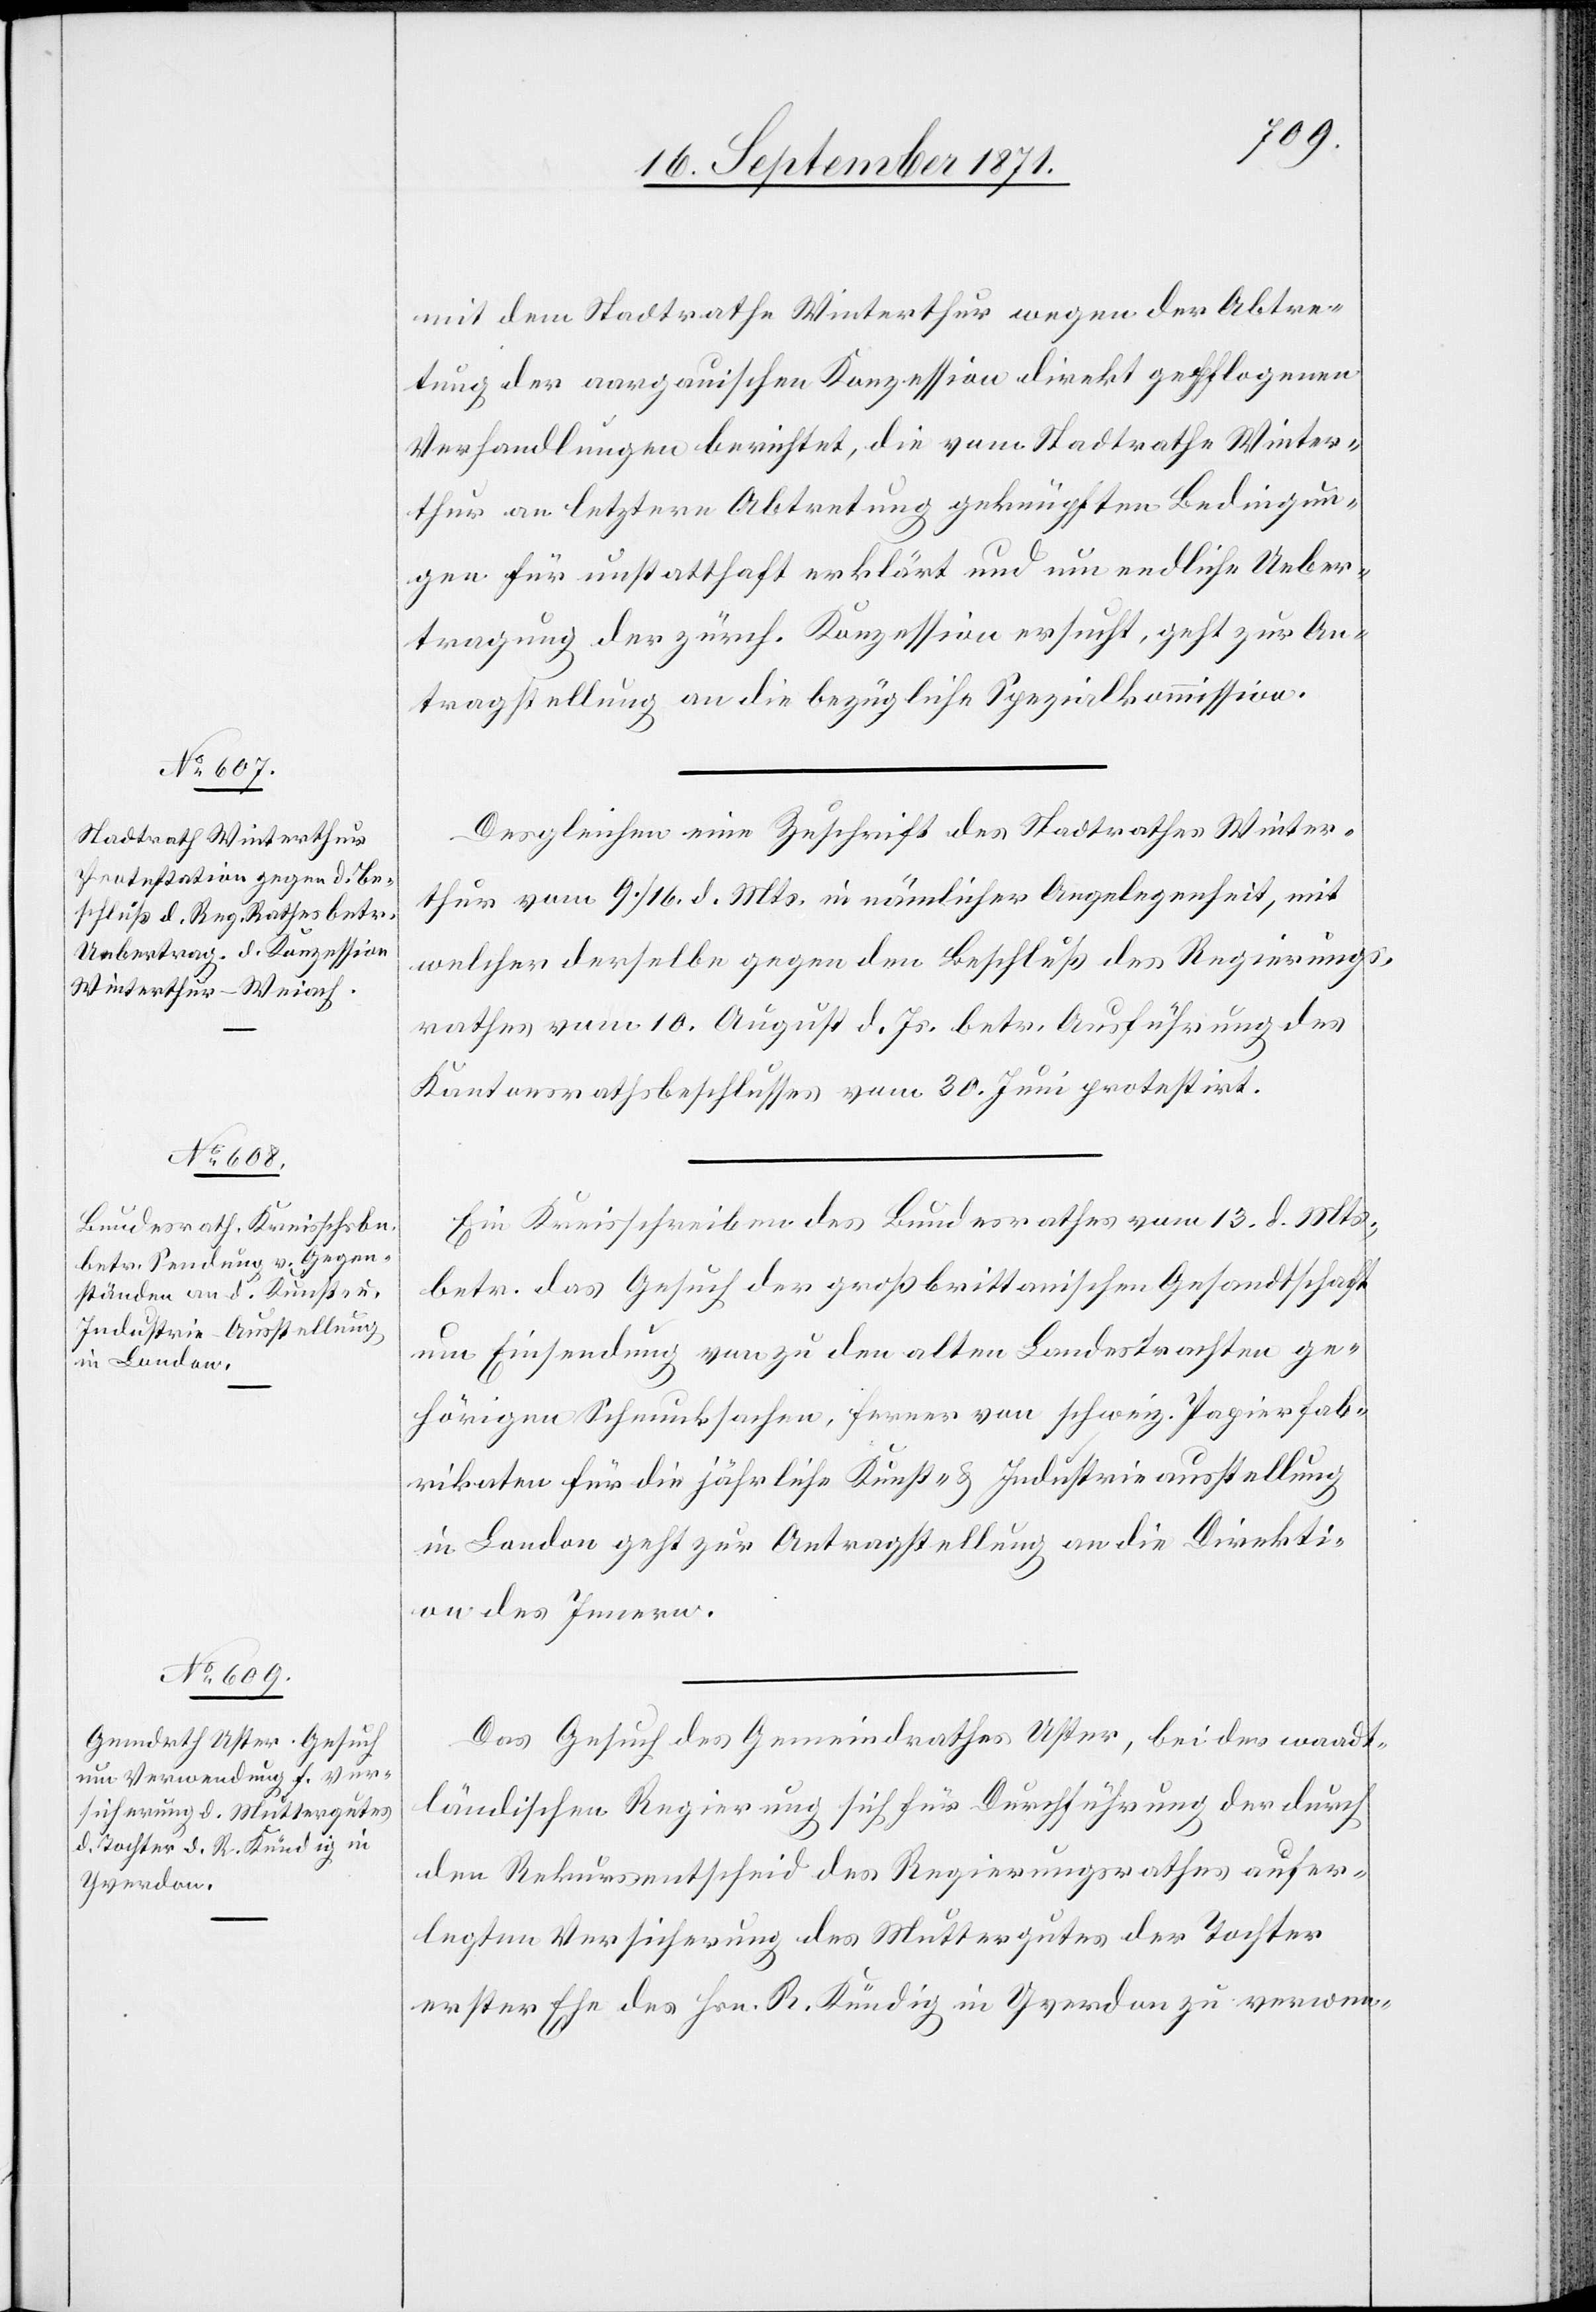
18. September 1871.]
mit dem Stadtrathe Winterthur wegen der Abtre¬
tung der aargauischen Konzession direkt gepflogenen
Verhandlungen berichtet, die vom Stadtrathe Winter¬
thur an letztere Abtretung geknüpften Bedingun¬
gen für unstatthaft erklärt und um endliche Ueber¬
tragung der zürch. Konzession ersucht, geht zur An¬
tragstellung an die bezügliche Spezialkommission.
Desgleichen eine Zuschrift des Stadtrathes Winter¬
thur vom 9./16. d. Mts. in nämlicher Angelegenheit, mit
welcher derselbe gegen den Beschluß des Regierungs¬
rathes vom 10. August d. Js. betr. Ausführung des
Kantonsrathsbeschlusses vom 30. Juni protestirt.
Ein Kreisschreiben des Bundesrathes vom 13. d. Mts.
betr. das Gesuch der großbrittanischen Gesandtschaft
um Einsendung von zu den alten Landesrechten ge¬
hörigen Schmucksachen, ferner von schweiz. Papierfab¬
rikaten für die jährliche Kunst- & Industrieausstellung
in London geht zur Antragstellung an die Direkti¬
on des Innern.
Das Gesuch des Gemeindrathes Uster, bei der waadt¬
ländischen Regierung sich für Durchführung der durch
den Rekursentscheid des Regierungsrathes aufer¬
legten Versicherung des Muttergutes der Tochter
erster Ehe des Hrn. R. Kündig in Yverdon zu verwen-